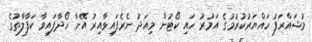
މުޝައްރަފު ހައްޔަރުކުރުމުގެ އަމުރު ހައި ކޯޓުން މިއަދު ނެރެފައިވާއިރު އޭނާ ހޯދާފައިވާ ކަފާލާތުގެ